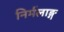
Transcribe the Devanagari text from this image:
निर्मलाङ्ग